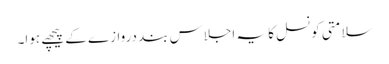
سلامتی کونسل کا یہ اجلاس بند دروازے کے پیچھے ہوا۔